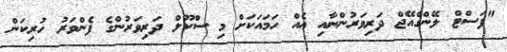
"ފަސްޓް ލޭންގްއޭޖް ދަރިވަރުންނާއި އެއް ހަމައަކަށް މި ސްކޫލް ދަރިވަރުންގެ ފެންވަރު ހުރިކަން